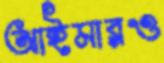
আইমারও